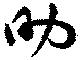
助